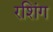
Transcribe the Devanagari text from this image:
रशिंग